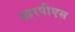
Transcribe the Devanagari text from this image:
आरपीएस